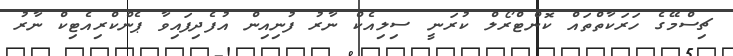
ޗިސްމޭގެ ހަރަކާތްތައް ކޮންޓްރޯލް ކުރަނީ ސިލިއެކް ނާރު ފުނިއިން އުފެދިފައިވާ ޕެންކްރިއެޓިކް ނާރު